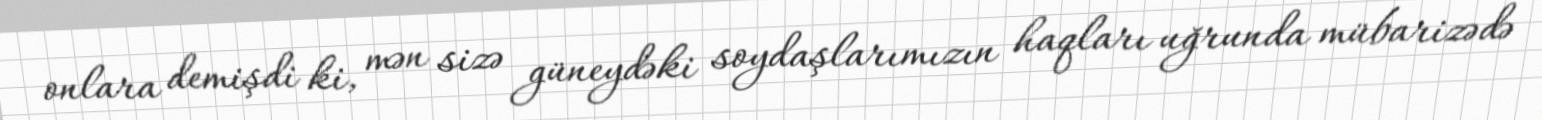
onlara demişdi ki, mən sizə güneydəki soydaşlarımızın haqları uğrunda mübarizədə